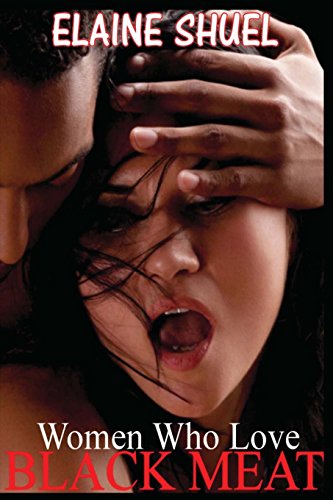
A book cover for Women Who Love Black Meat; Elaine Shuel; Romance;